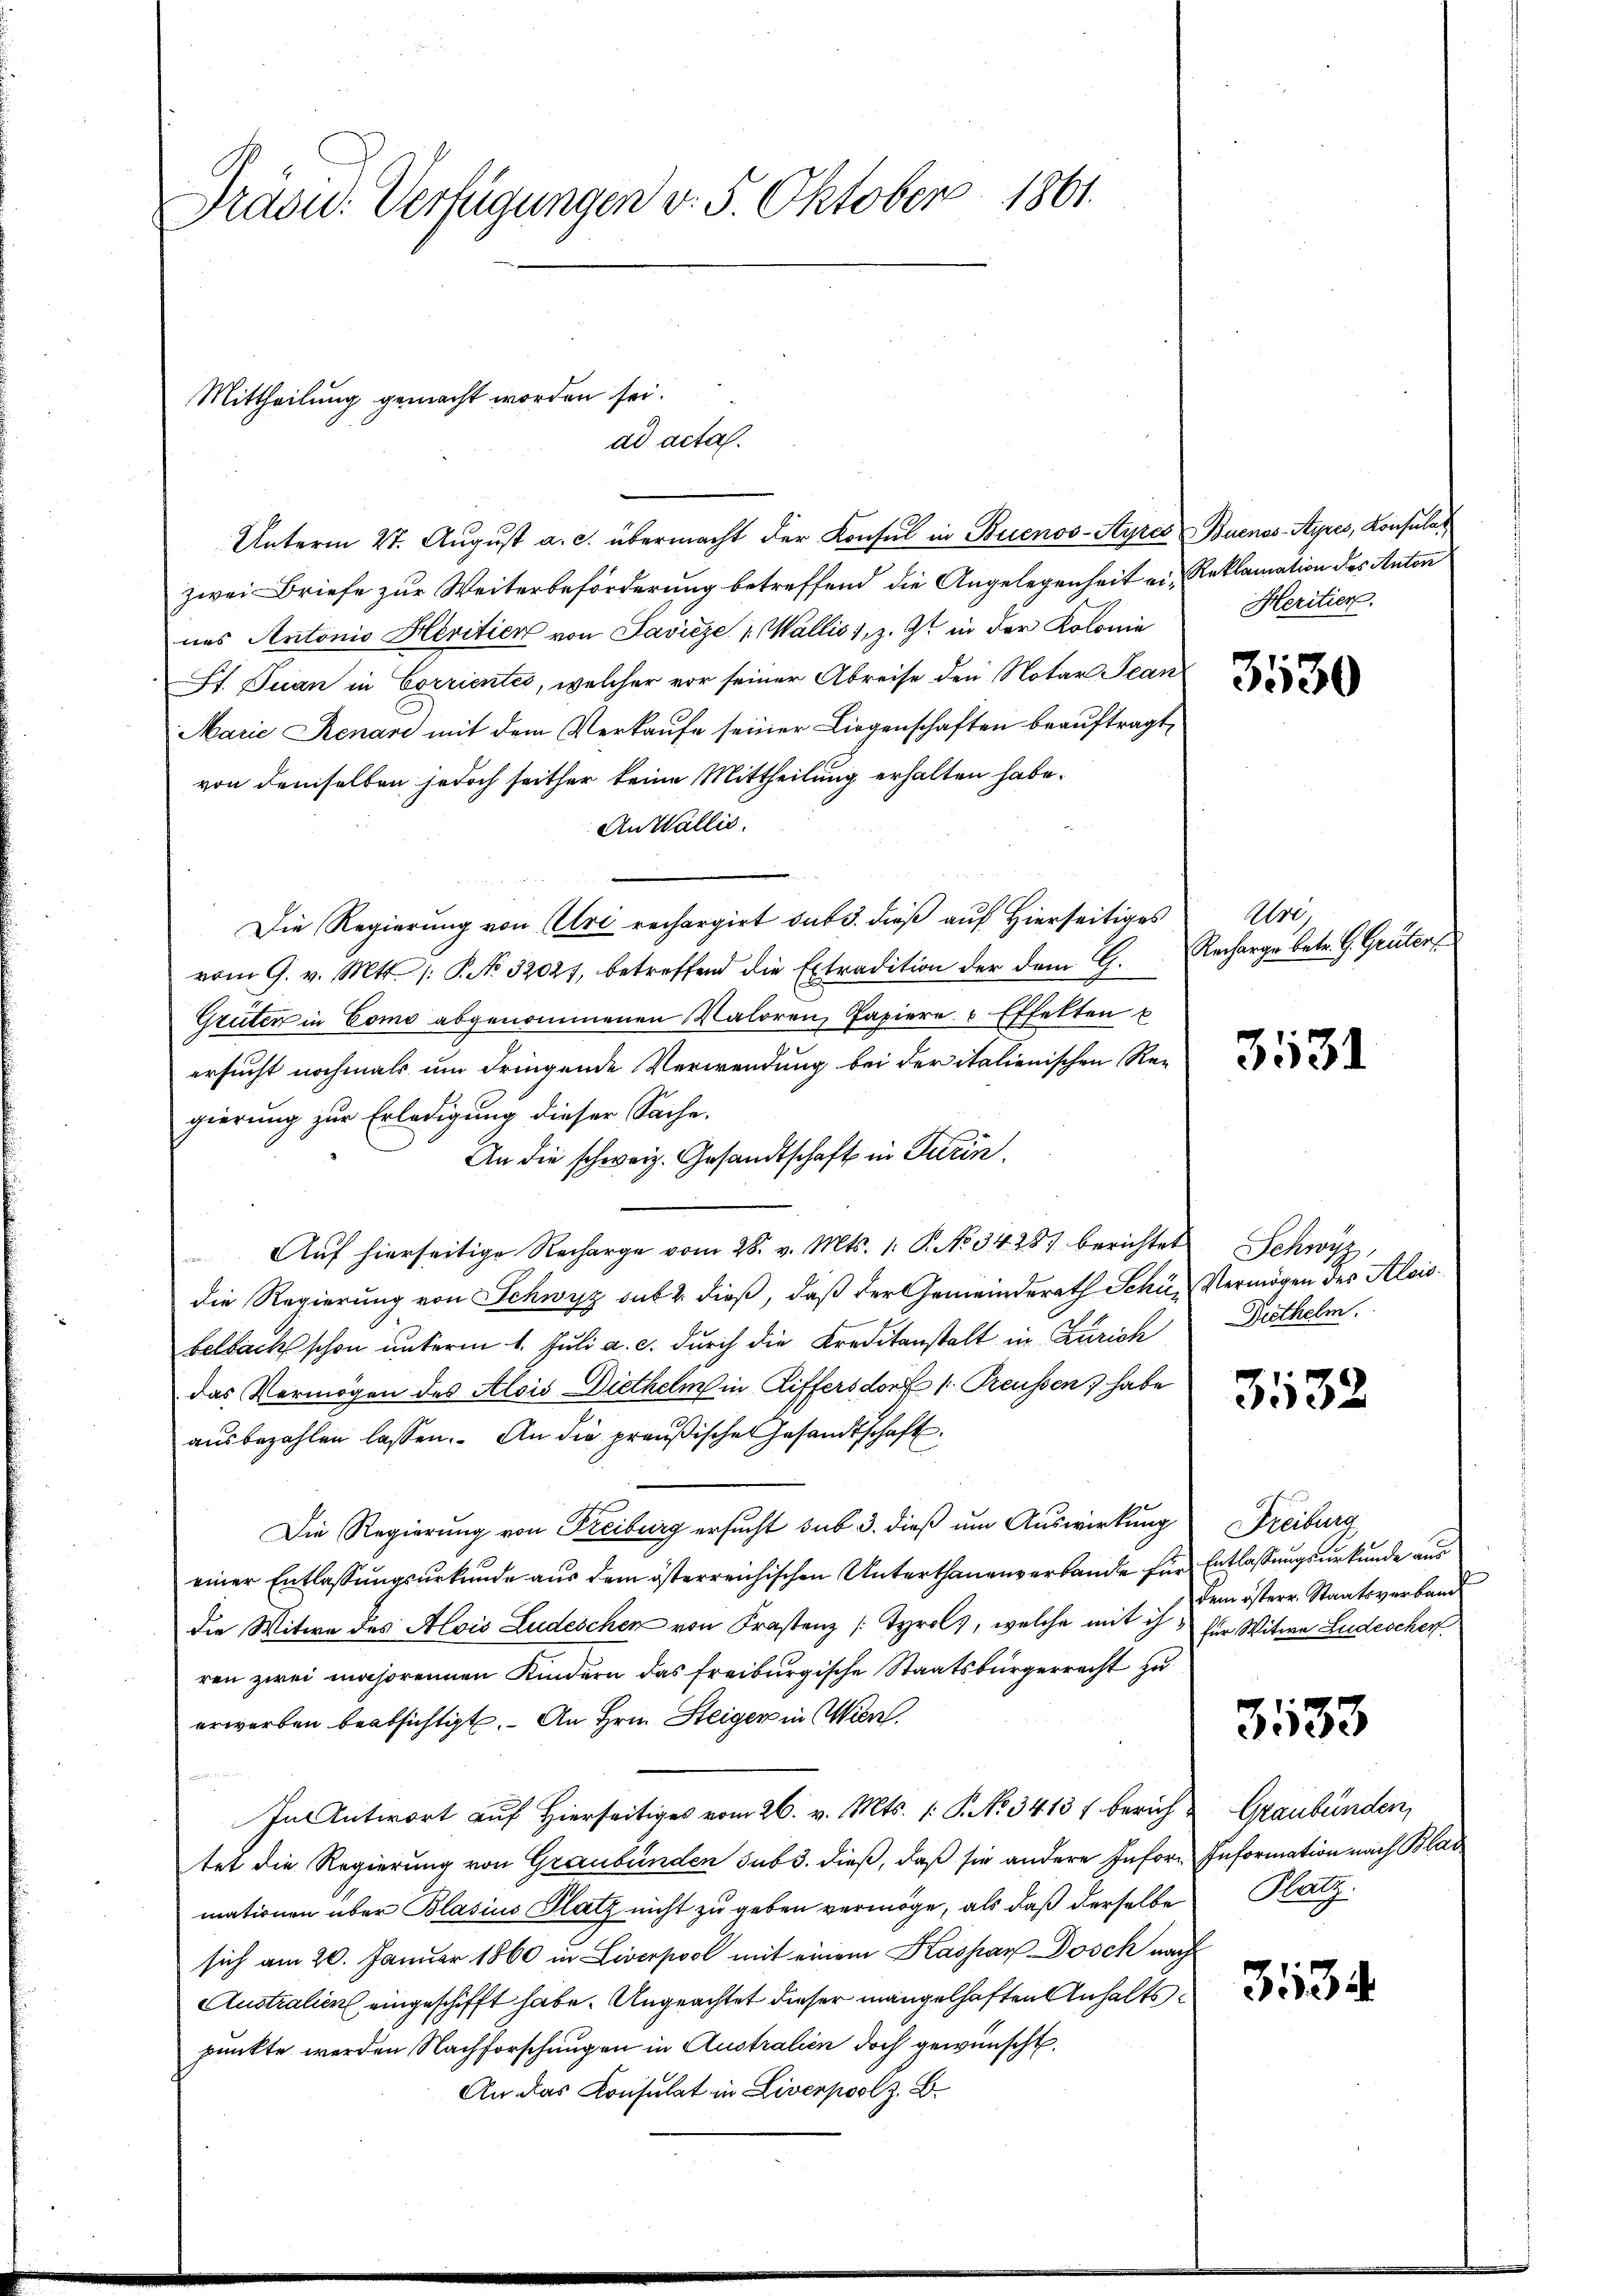
Dräsid. Verfügungen v. 5. Oktober 1861.

Mittheilung gemacht worden sei.
ad acta.

Unterm 27. August a. c. übermacht der Konsul in Buenos-Ayres Buenos-Aypes, Konsulat
zwei Briefe zur Weiterbeförderung betreffend die Angelegenheit ein Reklamation des Anton
nes Antonio Heritien von Lavizze 1. Wallis 1, z. Zt. in der Kolonie Heritier
St. Juan in Corrientes, welcher vor seiner Abreise den Notar Stan
Marie Renare mit dem Verkaufe seiner Liegenschaften beauftragt,
von demselben jedoch seither keine Mittheilung erhalten habe.
An Wallis.
Die Regierŭng von Uri rechargirt das 3. dieß auf Hierseitiges Uri,
vom 9. v. Mtt. /: P. No. 32027, betreffend die Extradition der dem G.
Gruten in Como abgenommenen Valoren, Papiere & Effekten u
ersucht nochmals um dringende Verwendung bei der italienischen Ver
gierung zur Erledigung dieser Sache.
An die schweiz. Gesandtschaft in Turin
Auf hierseitige Recharge vom 28. v. Mts. 1. P. No 34287 berichtet Schwyz,
die Regierung von Schwyz sub 2. dieß, daß der Gemeinderath Schü- Vermögen des Alois
belbach schon unterm 1. Juli a. c. durch die Kreditanstalt in Zürich Diethelm
das Vermögen des Alois Diethelm in Riffersdorf 1. Preussen habe
ausbezahlen lassen. An die preußische Gesandtschaft¬
Die Regierung von Freiburg ersucht sub 3. dieß um Auswirkung Freiburg
einer Entlassungsurkunde aus dem österreichischen Unterthanenverbande für Entlassungsurkunde aus
die Witwe des Alois Ludeschen von Frastenz Tyrol, welche mit ich für Witwe Ludeschen.
ren zwei mochorennen Kindern das Freiburgische Staatsbürgerrecht zu
erworben beabsichtigt. An Hrn. Steiger in Wien,
In Antwort auf Hierseitiges vom 26. v. Mts. (: P. No 3413 f berich Graubünden,
tet die Regierung von Graubünden sub 3. dieß, daß sie andere Inforn Information nach Blas
mationen über Blasius Platz nicht zu geben vermöge, als daß derselbe
sich am 20. Januar 1860 in Liverpool mit einem Kaspar Dosch nach
Australien eingeschifft habe. Angeachtet dieser mangelhaften Anhaltspunkte werden Nachforschungen in Australien doch gewünscht.
An das Konsulat in Liverpool z. B.

Recharge betr. G. Grüten

dem österr. Staatsverband

3133

Platz.

3113